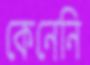
কেনেনি